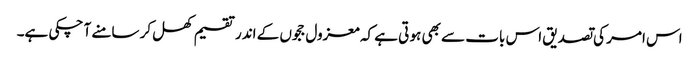
اس امر کی تصدیق اس بات سے بھی ہو تی ہے کہ معزول ججوں کے اندر تقسیم کھل کر سامنے آ چکی ہے۔